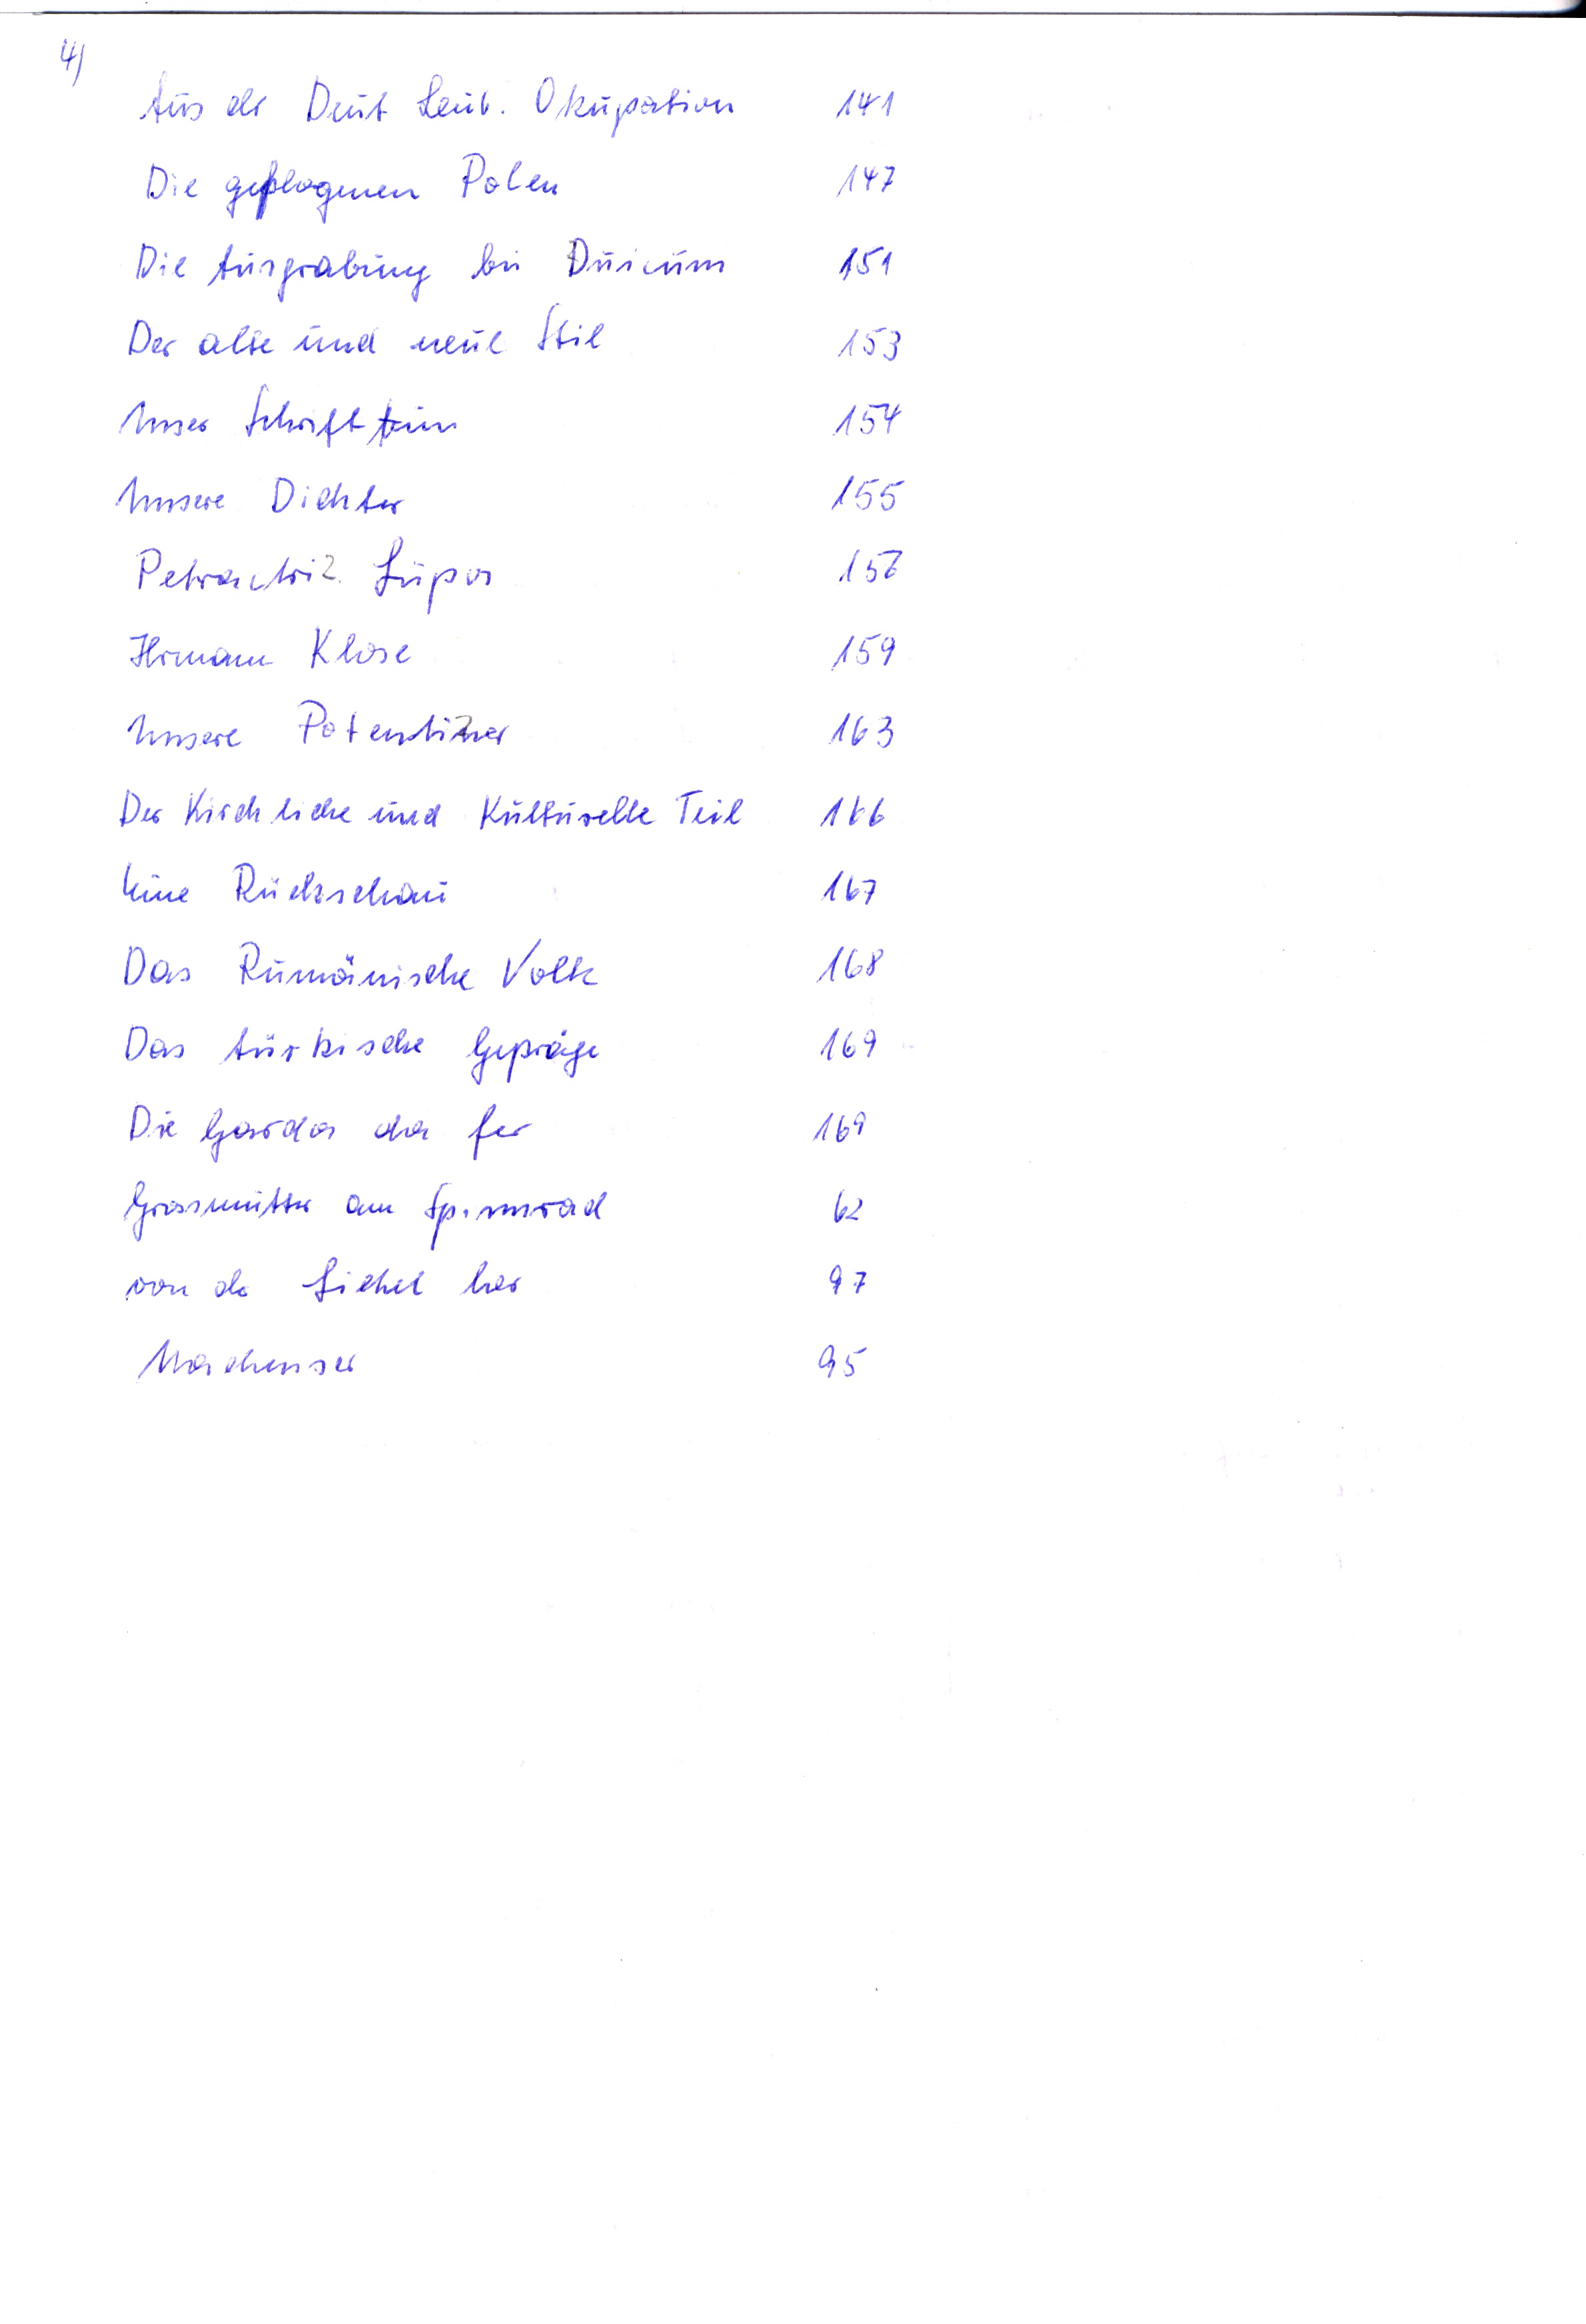
Aus der Deut. Leub. Okupation
Die geflogenen Polen
Die Ausgrabung bei Duicum
Der alte und neue Stil
Unser Schrifttum
Unsere Dichter
Petractri Lupos
Hermann Klose
Unsere Potemkiner
Der Kirchliche und Kulturelle Teil
Eine Rückschau
Das Rumänische Volk
Das türkische Gepräge
Die Gardos da fu
Grossmutter am Spinnrad
von d fiebel her
Mackensen